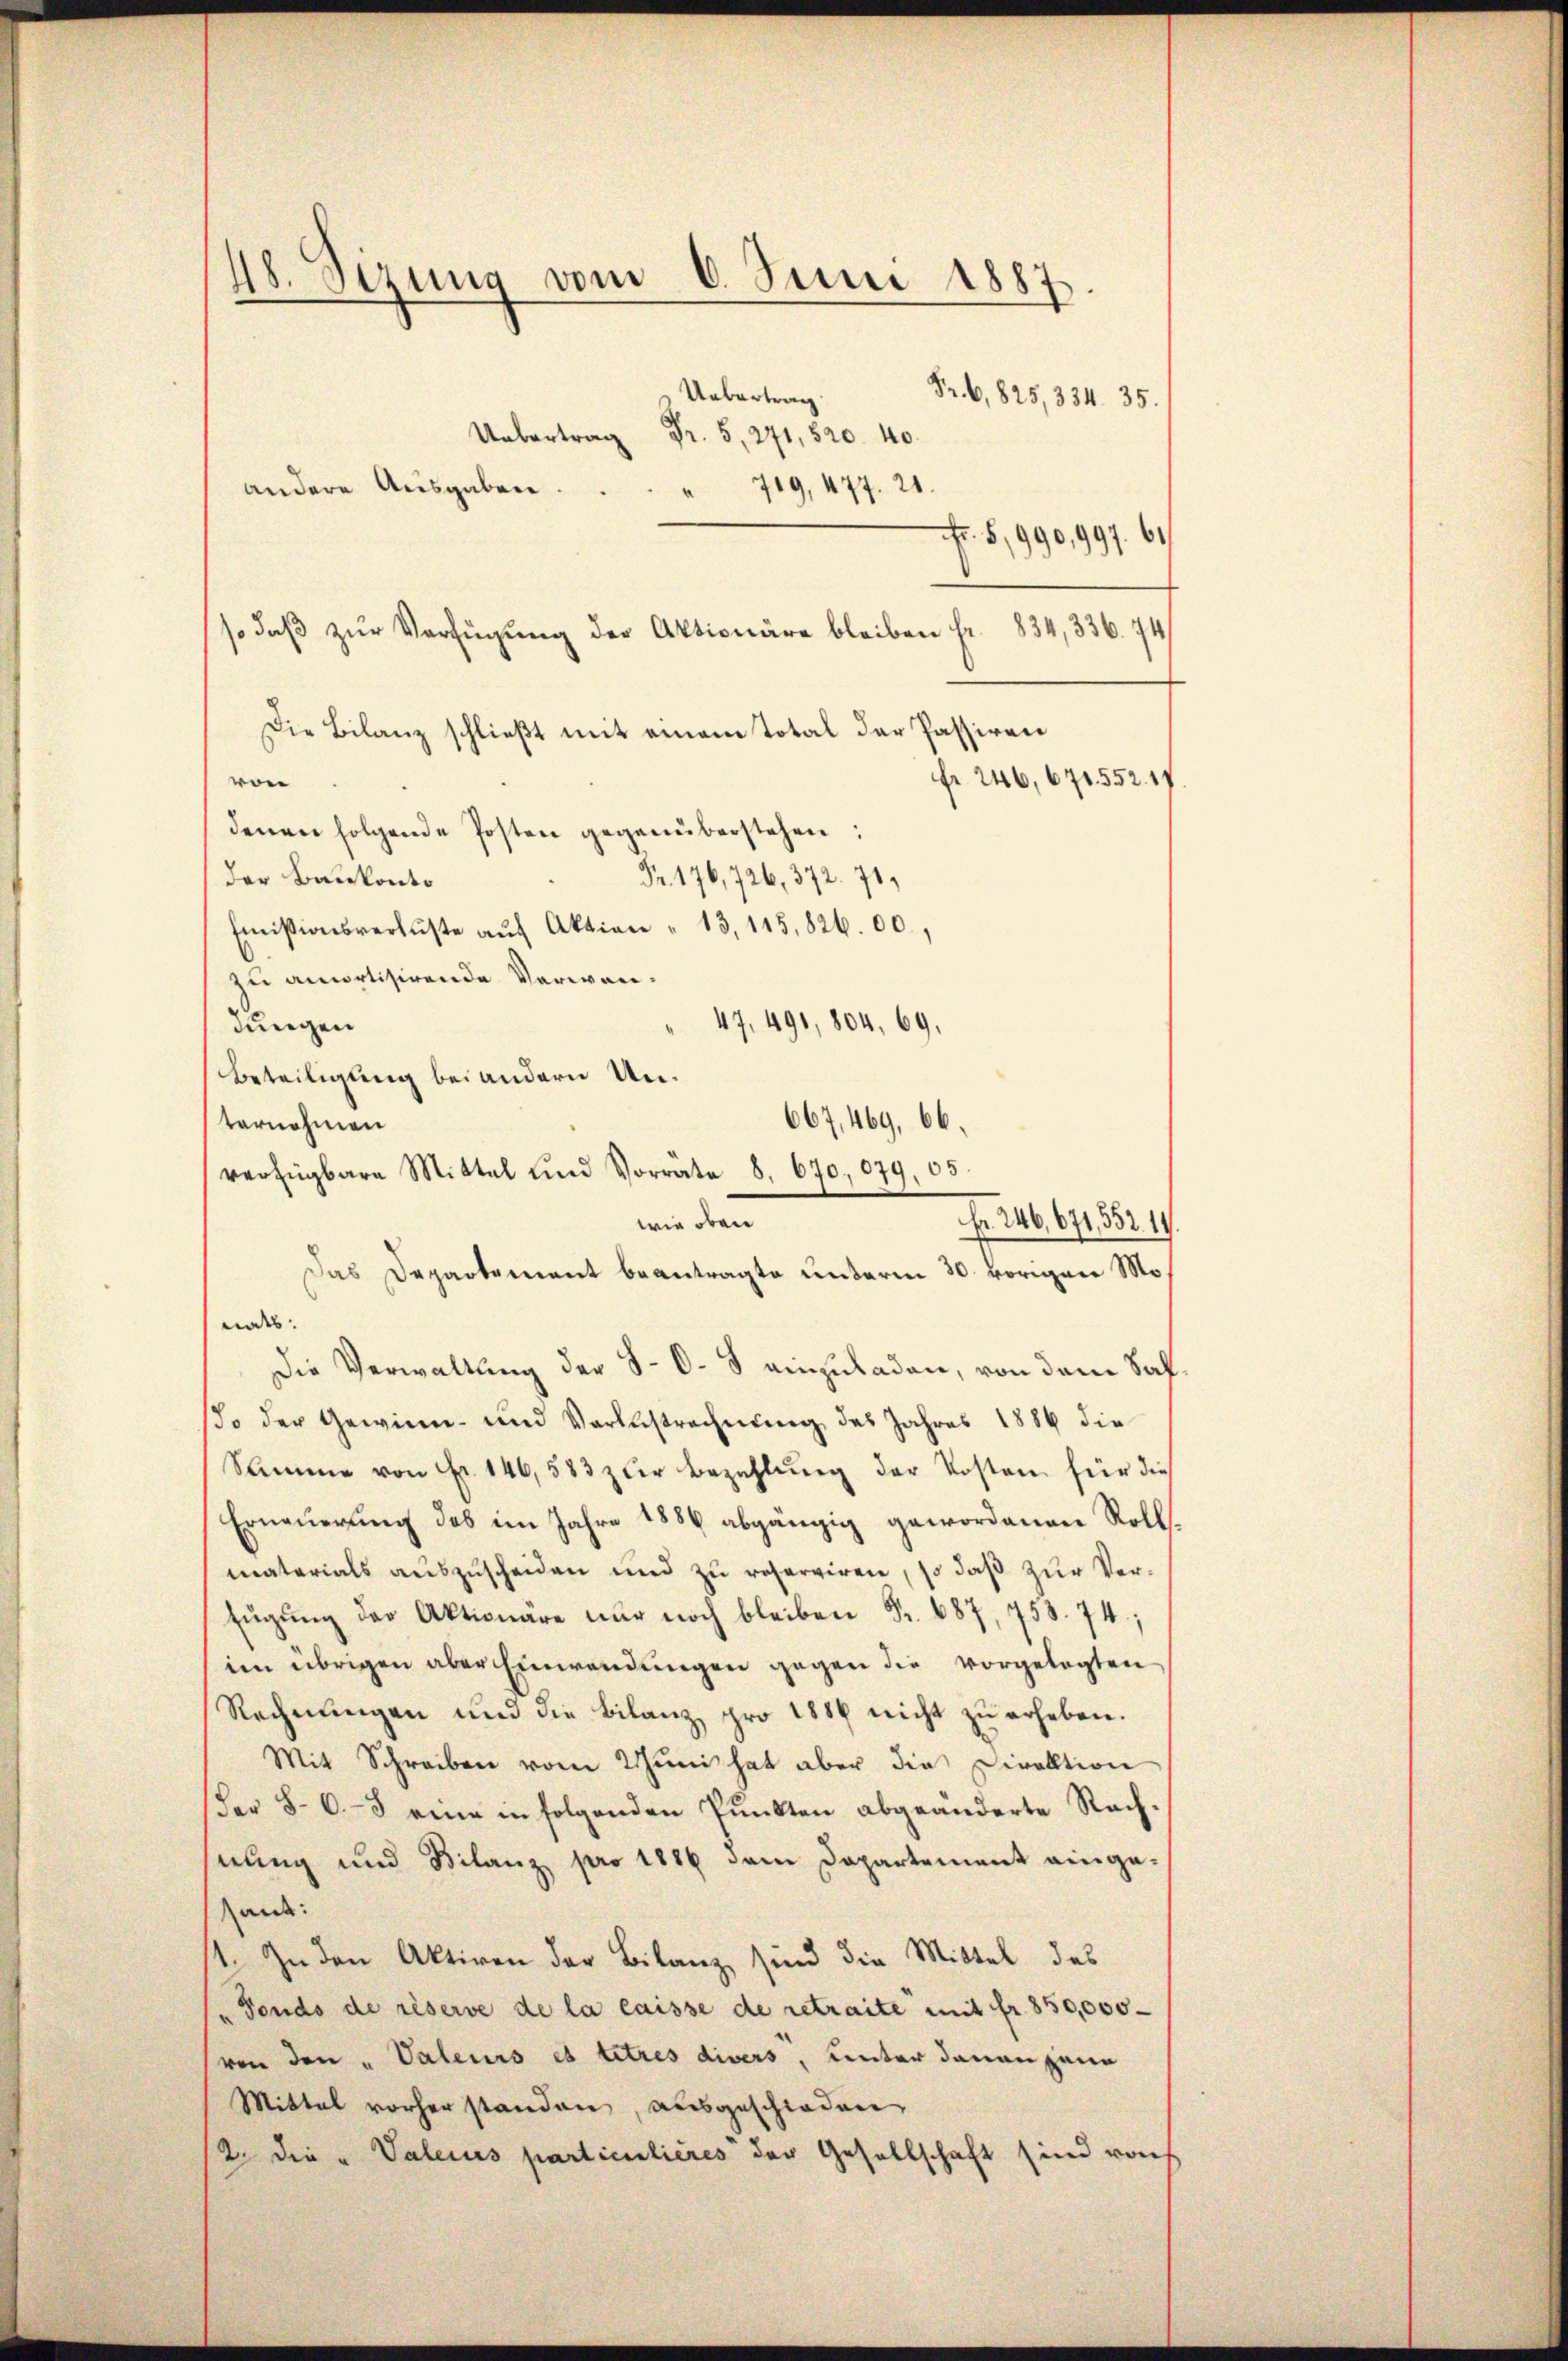
48. Sizung vom 6. Juni 1887.

Uebertrag
Fr. 6,825, 334. 35.
 r. 2040
andere Ausgaben.
" 719, 477. 21.
r. §,990,997. 61
so daβ zŭr Verfügung der Aktionäre bleiben fr. 834, 336. 74
Die Bilanz schließt mit einem Total der Passiren
von
fr. 246, 671. 552. 17
denen folgende Posten gegenüberstehen:
der Bankonto
Fr. 176, 726, 372. 71.
Emissionsverluste aŭf Aktion " 13, 115,826. 00.,
zu amortisirende Verwan¬
47. 491, 804. 69.
dungen
Beteiligung bei andern Un¬
667,469, 66.
ternehmen
verfügbare Mittel und Vorräte 8. 670,079. 65.
wie oben
Das Departement beantragte unterm 30. vorigen Moeindes. |
Die Verwaltung der S-O. § einzuladen, von dem Sahldo der Gewinn- und Verlustrechnung des Jahres 1886 die
Summe von Fr. 146,583 zur Bezahlŭng der Kosten für dies
Erneuerung des im Jahre 1886 abgängig gewordenen Roll
materials aŭszŭscheiden und zŭ reserviren, so daβ zŭr Ver¬
Eŭgŭng der Aktionare nur noch bleiben Fr. 687, 758. 74;
im übrigen aber Einwendungen gegen die vorgelegten
Rechnungen und die Bilanz pro 1886 nicht zu erheben.
Mit Schreiben vom Juni hat aber die Direktion
(der 863 eine in folgenden Pŭnkten abgeänderte Rach-
hnung und Bilanz pro 1886 dem Departement eingeand:
1. In den Aktiven der Bilanz, sind die Mittel des
„Fonds de réserve de la caisse de retraite mit fr. 850,000
von den „Valeurs es titres divers, unter daran geno
Mittel vorherstanden, ausgeschieden
12. die „Valeius particulières der Gesellschaft sind roch

Nr. 246, 671,552. 19.